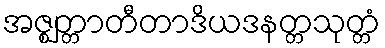
အဇ္ဈတ္တာတီတာဒိယဒနတ္တသုတ္တံ